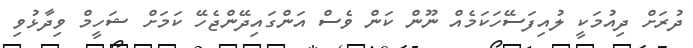
ދުރަށް ދިއުމަކީ ލުއިފަސޭހަކަމެއް ނޫން ކަން ވެސް އަންގައިދޭންޖެހޭ ކަމަށް ޝަހީމް ވިދާޅުވި